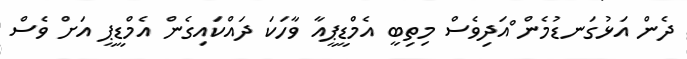
ދެން އަޅުގަނޑުމެން ްއަދިވެސް މިތިބީ އެމްޑީޕީއާ ވާހަކަ ދައްކައިގެން އެމްޑީޕީ އަށް ވެސް